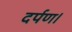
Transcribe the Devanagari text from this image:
दर्पण।